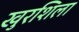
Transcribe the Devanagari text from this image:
खुरशिला